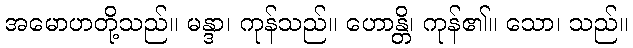
အမောဟတို့သည်။ မန္ဒာ၊ ကုန်သည်။ ဟောန္တိ၊ ကုန်၏။ သော၊ သည်။